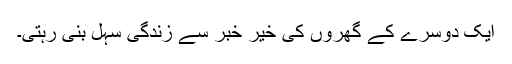
ایک دوسرے کے گھروں کی خیر خبر سے زندگی سہل بنی رہتی۔